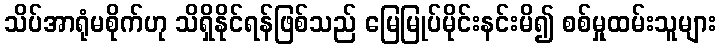
သိပ်အာရုံမစိုက်ဟု သိရှိနိုင်ရန်ဖြစ်သည် မြေမြုပ်မိုင်းနင်းမိ၍ စစ်မှုထမ်းသူများ